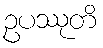
ဥပဿုတိ